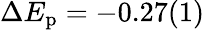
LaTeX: \Delta E_{\mathrm{p}}=-0.27(1)